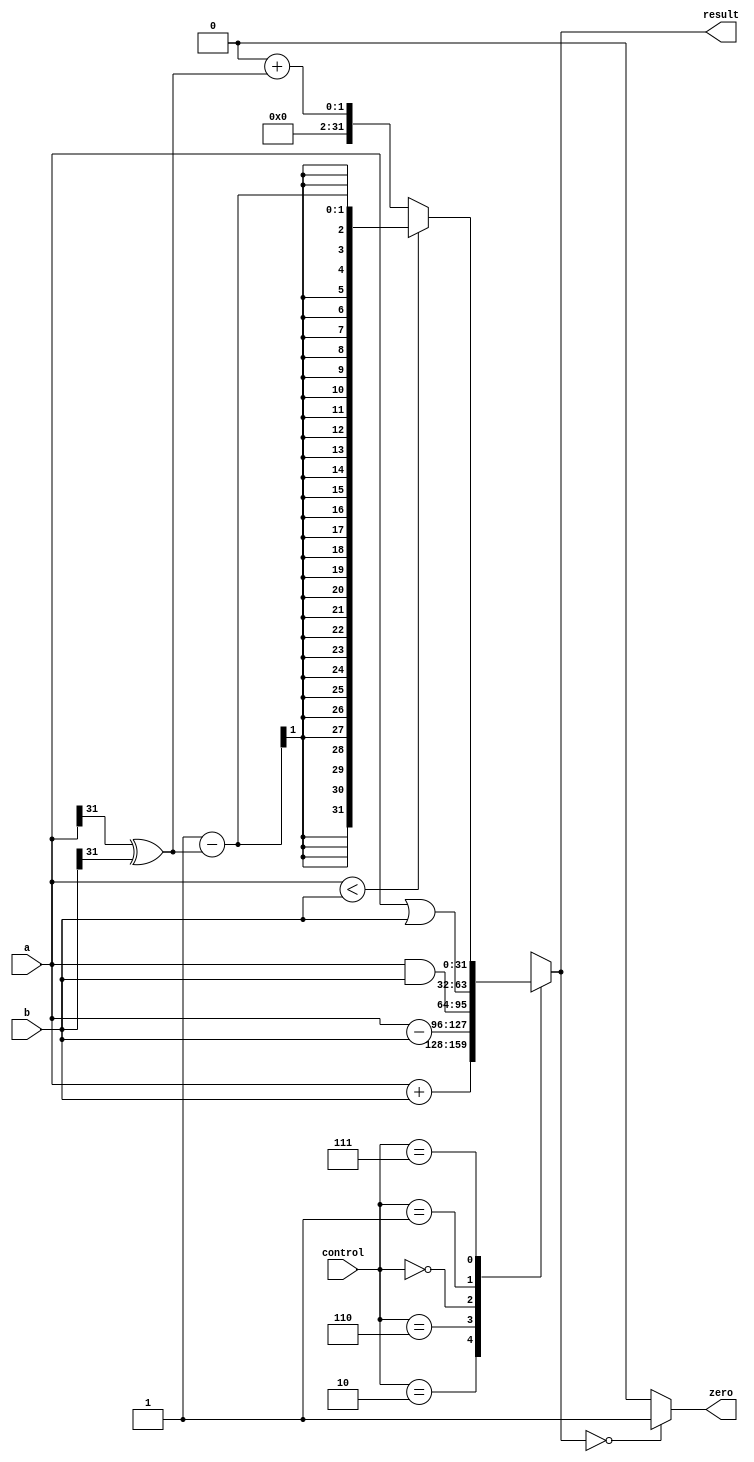
`timescale 1ns / 1ps

module alu (
    input wire [31:0] a,
    input wire [31:0] b,
    input wire [2:0] control,
    output reg [31:0] result,
    output wire zero
  );
  
  parameter ALUadd = 3'b010,
            ALUsub = 3'b110,
            ALUand = 3'b000,
            ALUor  = 3'b001,
            ALUslt = 3'b111;
   
   // Handles negative inputs
   wire sign_mismatch;
   assign sign_mismatch = a[31] ^ b[31];
   
   initial
    result <= 0;
    
    always @ *
        case( control )
            ALUadd : result = a + b;
            ALUsub : result = a - b;
            ALUand : result = a & b;
            ALUor  : result = a | b;
            ALUslt : result = a < b ? 1 - sign_mismatch : 0 + sign_mismatch;
            default : result = 32'bX;
         endcase
         
         /* Check to see if result is equal to zero. If it is assign true (1),
            false (0) otherwise, meaning it is a non-zero number */
         assign zero = ( result == 0 ) ? 1 : 0;
  
endmodule